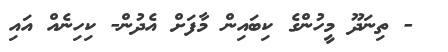
- ތިނަދޫ މީހުންގެ ކިބައިން މާފަށް އެދުން- ކިހިނެއް އައި